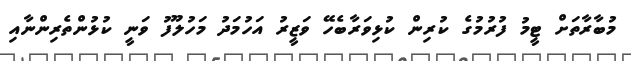
މުބާރާތަށް ޓީމު ފުރުމުގެ ކުރިން ކުޅިވަރާބެހޭ ވަޒީރު އަހުމަދު މަހުލޫފު ވަނީ ކުޅުންތެރިންނާއި